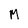
Character: M